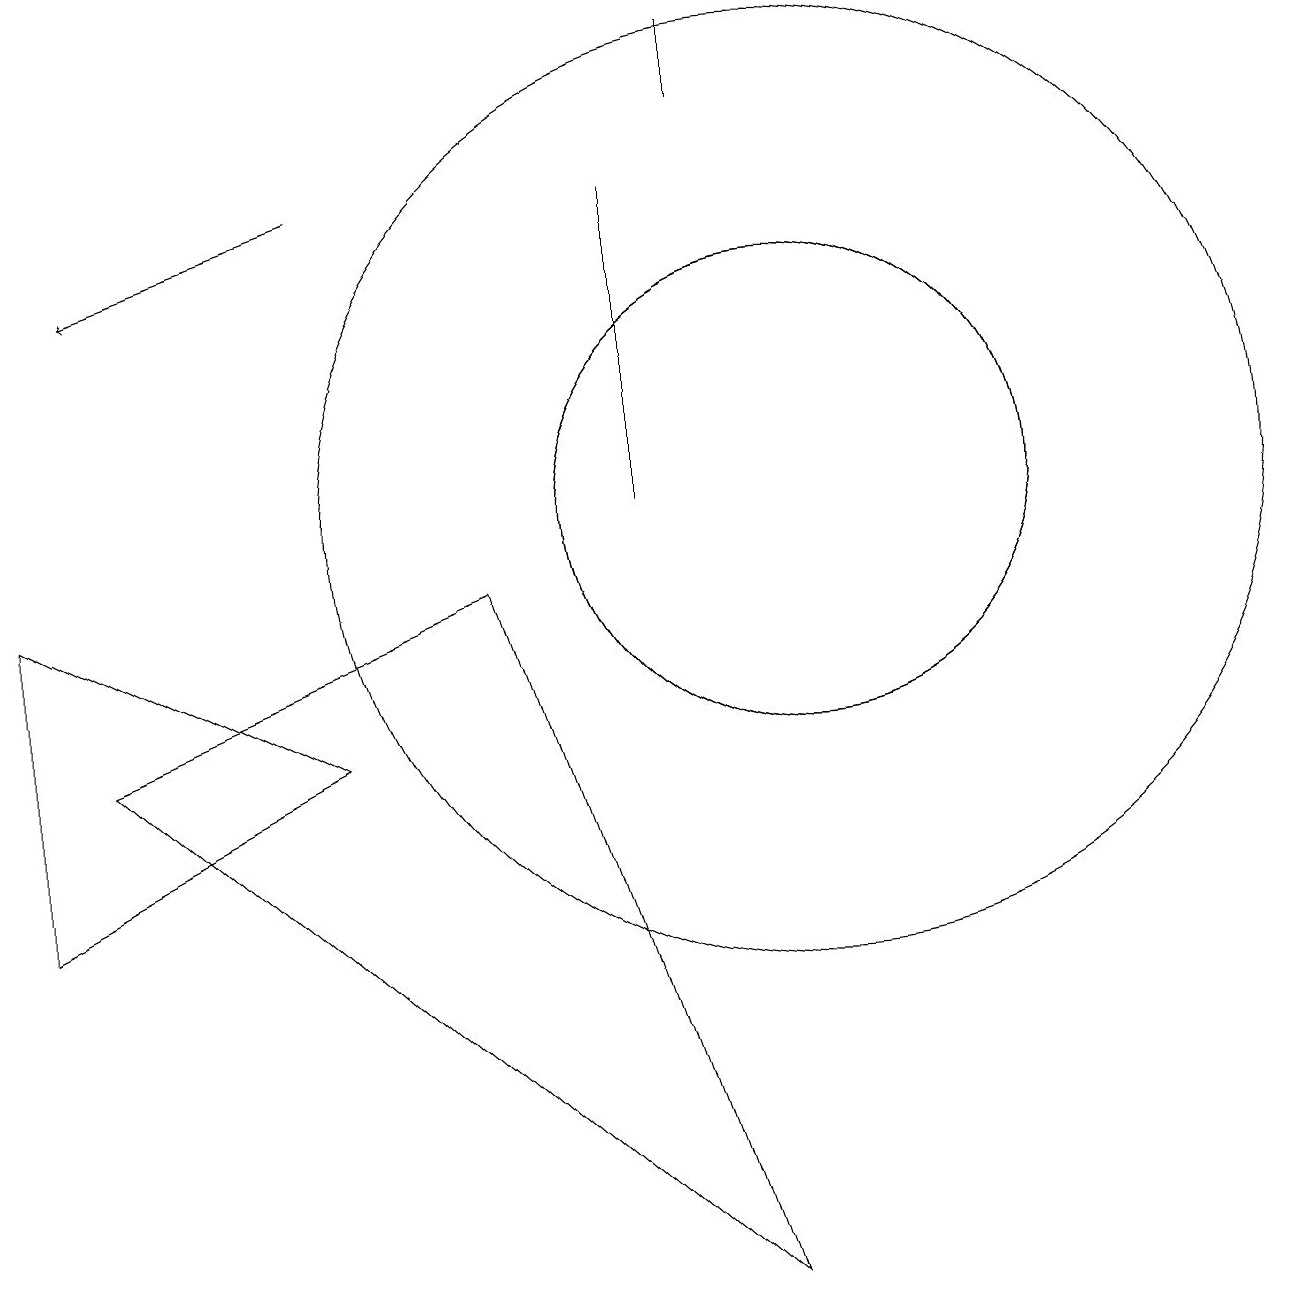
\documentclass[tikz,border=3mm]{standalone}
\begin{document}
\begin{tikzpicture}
\draw (10,10) circle (3);
\draw (8,10) rectangle (8,14);
\draw (10,10) circle (3);
\draw (9,0) -- (1,7) -- (6,9) -- cycle;
\draw (10,10) circle (6);
\draw (4,7) -- (0,9) -- (0,5) -- cycle;
\draw (9,16) rectangle (9,15);
\draw[->] (4,14) -- (1,13);
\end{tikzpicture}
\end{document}